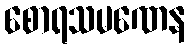
စောရသမဏေန